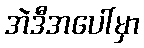
အဲဒီအပေါ်မှာ